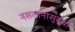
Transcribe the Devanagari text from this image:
नसतानासुद्धा